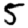
Digit: 5